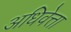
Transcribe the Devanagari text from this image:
अधिवेत्ता